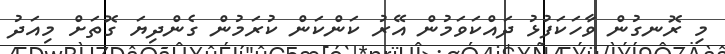
މި ރޮނގުން ވާހަކަފުޅު ދައްކަވަމުން އޭރު ކަންކަން ކުރަމުން ގެންދިޔަ ގޮތަށް މިއަދު